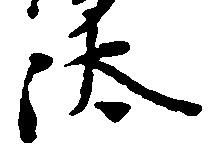
汰